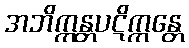
အဘိက္ကန္တပဋိက္ကန္တေ